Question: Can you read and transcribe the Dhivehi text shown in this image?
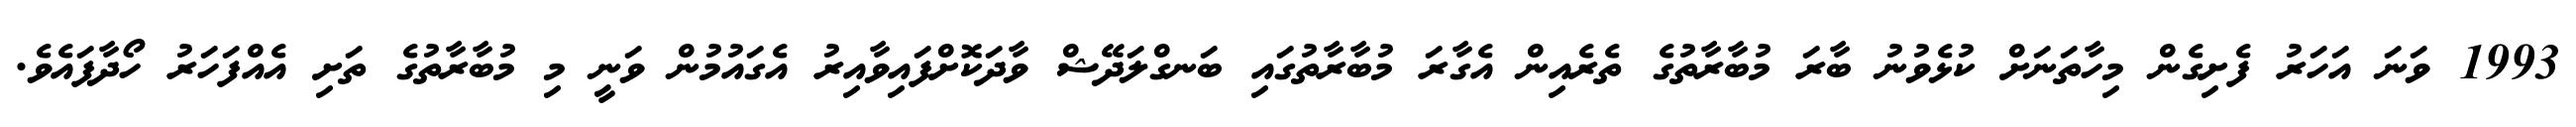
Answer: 1993 ވަނަ އަހަރު ފެށިގެން މިހާތަނަށް ކުޅެވުނު ބާރަ މުބާރާތުގެ ތެރެއިން އެގާރަ މުބާރާތުގައި ބަނގްލަދޭޝް ވާދަކޮށްފައިވާއިރު އެގައުމުން ވަނީ މި މުބާރާތުގެ ތަށި އެއްފަހަރު ހޯދާފައެވެ.